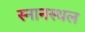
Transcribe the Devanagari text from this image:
स्नानस्थल